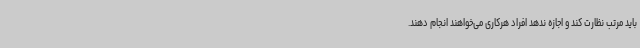
باید مرتب نظارت کند و اجازه ندهد افراد هرکاری می‌خواهند انجام دهند.